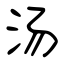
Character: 汤